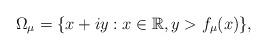
LaTeX: \begin{align*}\Omega_{\mu}=\{x+iy:x\in\mathbb{R},y>f_{\mu}(x)\},\end{align*}